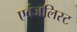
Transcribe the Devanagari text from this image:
एवंजलिस्ट